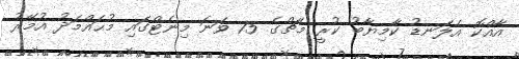
އާއްކޮ އެލަނޑު ކާމިޔާބު ކުރީ މެޗްގެ 75 ވަނަ މިނެޓްގައި މުޙައްމަދު އުމޭރު